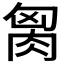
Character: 𰮢